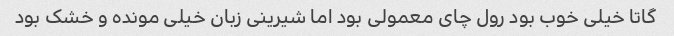
گاتا خیلی خوب بود رول چای معمولی بود اما شیرینی زبان خیلی مونده و خشک بود